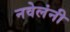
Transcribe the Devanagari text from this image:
नवेलंनी